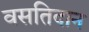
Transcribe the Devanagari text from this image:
वसतिदान